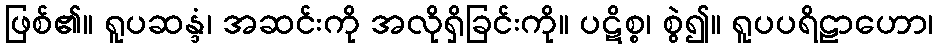
ဖြစ်၏။ ရူပဆန္ဒံ၊ အဆင်းကို အလိုရှိခြင်းကို။ ပဋိစ္စ၊ စွဲ၍။ ရူပပရိဠာဟော၊